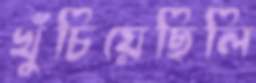
খুঁচিয়েছিলি